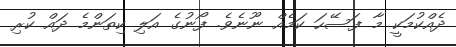
ދެއްކުމަކީ މާ ފަސޭހަ ކަމެއް ނޫނެވެ. ފޯނުގެ އަލި ކިތަންމެ ދައް ކުރި